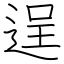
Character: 逞